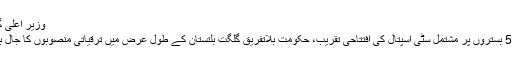
وزیر اعلی گلگت بلتستان
گلگت میں 50 بستروں پر مشتمل سٹی اسپتال کی افتتاحی تقریب، حکومت بلاتفریق گلگت بلتستان کے طول عرض میں ترقیاتی منصوبوں کا جال بچھادے گی ۔